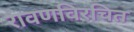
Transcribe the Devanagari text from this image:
रावणविरचित